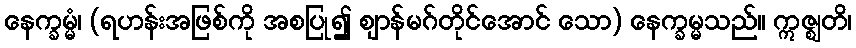
နေက္ခမ္မံ၊ (ရဟန်းအဖြစ်ကို အစပြု၍ ဈာန်မဂ်တိုင်အောင် သော) နေက္ခမ္မသည်။ ဣဇ္ဈတိ၊